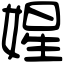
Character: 𡟙